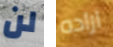
لن اراده